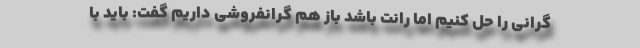
گرانی را حل کنیم اما رانت باشد باز هم گرانفروشی داریم گفت: باید با